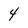
Character: 4